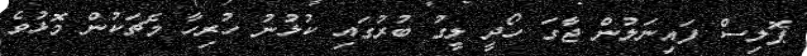
ޕޮލިސް ފައިނަލުން ޖާގަ ހޯދީ ލީގު ބުރުގައި ކުޅުނު ހުރިހާ މެޗަކުން މޮޅުވެ